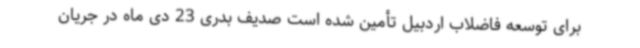
برای توسعه فاضلاب اردبیل تأمین شده است صدیف بدری 23 دی ماه در جریان